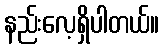
နည်းလေ့ရှိပါတယ်။